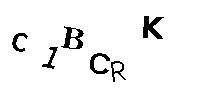
C1BCRK